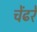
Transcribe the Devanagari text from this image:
चेंढरे